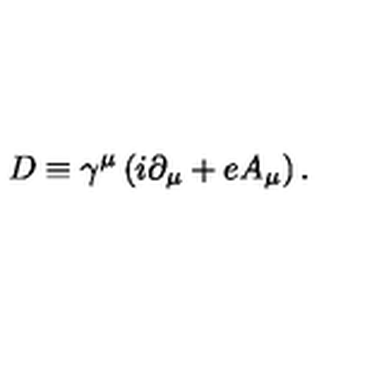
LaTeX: D \equiv \gamma ^ { \mu } \left( i \partial _ { \mu } + e A _ { \mu } \right) .